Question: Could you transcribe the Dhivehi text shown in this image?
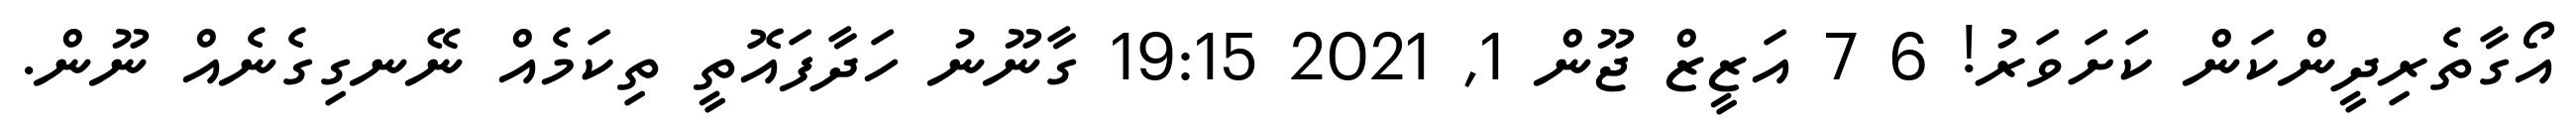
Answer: އޯގާތެރިދީންކަން ކަށަވަރު! 6 7 އަޒީޒް ޖޫން 1, 2021 19:15 ގާނޫނު ހަދާފައޮތީ ތިކަމެއް ނޭނގިގެނެއް ނޫން.